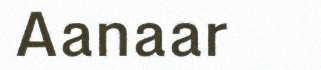
Aanaar